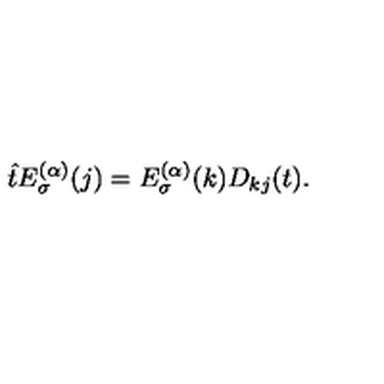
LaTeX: \hat { t } E _ { \sigma } ^ { ( \alpha ) } ( j ) = E _ { \sigma } ^ { ( \alpha ) } ( k ) D _ { k j } ( t ) .